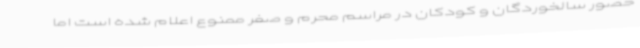
حضور سالخوردگان و کودکان در مراسم محرم و صفر ممنوع اعلام شده است اما